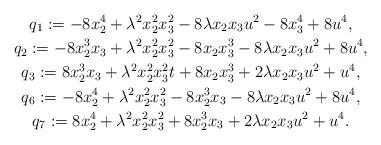
LaTeX: \begin{gather*}q_1:=-8x_2^4+\lambda^2 x_2^2x_3^2-8\lambda x_2x_3u^2-8x_3^4+8u^4,\\q_2:=-8x_2^3x_3+\lambda^2x_2^2x_3^2-8x_2x_3^3-8\lambda x_2x_3u^2+8u^4,\\q_3:=8x_2^3x_3+\lambda^2x_2^2x_3^2t+8x_2x_3^3+2\lambda x_2x_3u^2+u^4,\\q_6:=-8x_2^4+\lambda^2x_2^2x_3^2-8x_2^3x_3-8\lambda x_2x_3u^2+8u^4,\\q_7:=8x_2^4+\lambda^2x_2^2x_3^2+8x_2^3x_3+2\lambda x_2x_3u^2+u^4.\end{gather*}